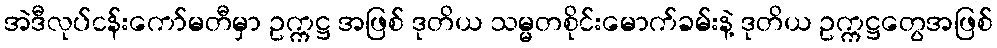
အဲဒီလုပ်ငန်းကော်မတီမှာ ဥက္ကဋ္ဌ အဖြစ် ဒုတိယ သမ္မတစိုင်းမောက်ခမ်းနဲ့ ဒုတိယ ဥက္ကဋ္ဌတွေအဖြစ်